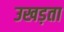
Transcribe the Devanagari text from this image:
उखड़ता